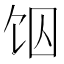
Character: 𱃶